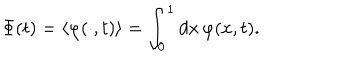
{ \Phi } ( t ) = \left\langle \varphi ( \cdot , t ) \right\rangle = \int _ { 0 } ^ { 1 } d x \, \varphi ( x , t ) .